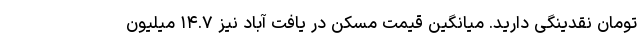
تومان نقدینگی دارید. میانگین قیمت مسکن در یافت آباد نیز ۱۴.۷ میلیون